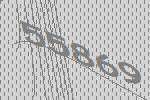
55869